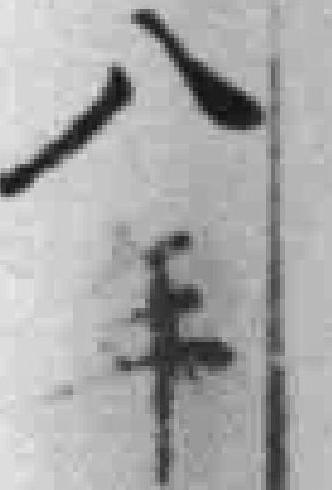
八年